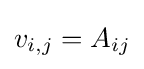
v_{i,j}=A_{ij}